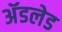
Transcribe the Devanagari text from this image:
अॅडलेड